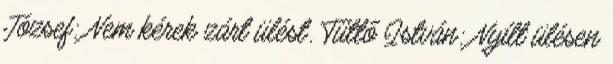
József: Nem kérek zárt ülést. Tüttő István: Nyílt ülésen